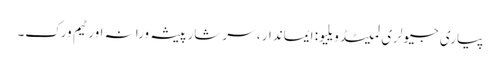
پیاری جیولری لمیٹڈ ویلیو: ایماندار ، سرشار پیشہ ورانہ اور ٹیم ورک۔